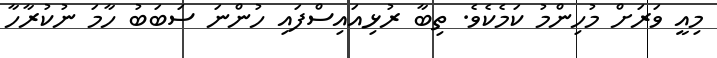
މިއީ ވަރަށް މުހިންމު ކަމެކެވެ. ތިބާ ރުޅިއައިސްފައި ހުންނަ ސަބަބު ހާމަ ނުކުރާހާ